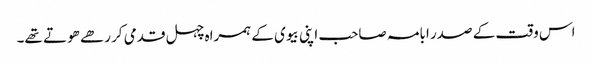
اس وقت کے صدر ابامہ صاحب اپنی بیوی کے ہمراہ چہل قدمی کر رھے ھوتے تھے۔